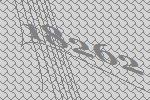
18262